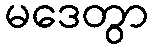
မဒေတွာ